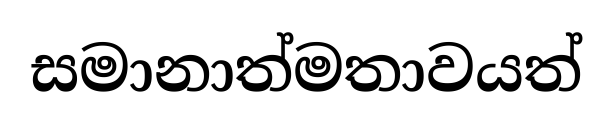
සමානාත්මතාවයත්